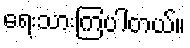
ရေးသားကြပါတယ်။